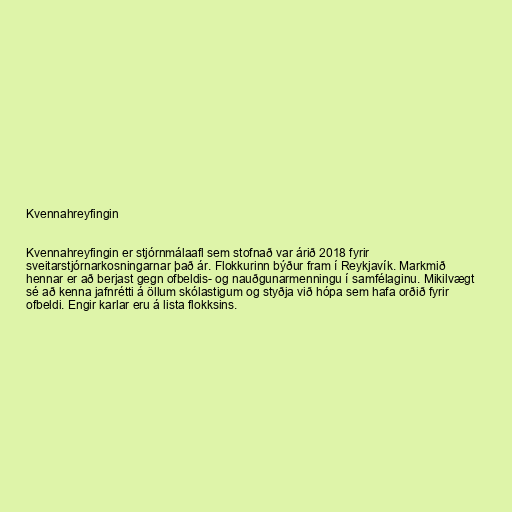
Kvennahreyfingin

Kvennahreyfingin er stjórnmálaafl sem stofnað var árið 2018 fyrir
sveitarstjórnarkosningarnar það ár. Flokkurinn býður fram í Reykjavík. Markmið
hennar er að berjast gegn ofbeldis- og nauðgunarmenningu í samfélaginu. Mikilvægt
sé að kenna jafnrétti á öllum skólastigum og styðja við hópa sem hafa orðið fyrir
ofbeldi. Engir karlar eru á lista flokksins.